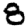
Digit: 8